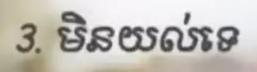
3. មិនយល់ទេ